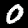
Digit: 0